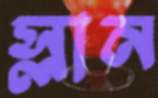
স্লান